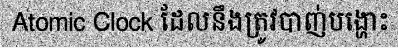
Atomic Clock ដែលនឹងត្រូវបាញ់បង្ហោះ